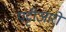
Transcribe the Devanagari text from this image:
पट्टीआरों